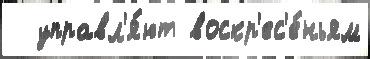
  управл'я́ют воскр'ес'е́ньям